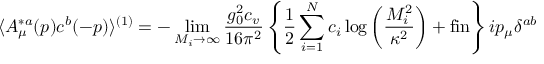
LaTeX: \langle A _ { \mu } ^ { * a } ( p ) c ^ { b } ( - p ) \rangle ^ { ( 1 ) } = - \operatorname * { l i m } _ { M _ { i } \rightarrow \infty } \frac { g _ { 0 } ^ { 2 } c _ { v } } { 1 6 \pi ^ { 2 } } \left\{ \frac { 1 } { 2 } \sum _ { i = 1 } ^ { N } c _ { i } \log \left( \frac { M _ { i } ^ { 2 } } { \kappa ^ { 2 } } \right) + \mathrm { f i n } \right\} i p _ { \mu } \delta ^ { a b }